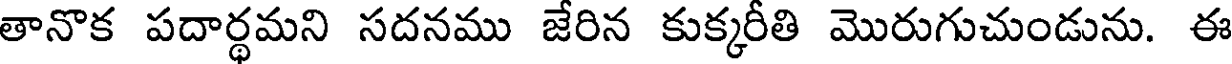
తానొక పదార్థమని సదనము జేరిన కుక్కరీతి మొరుగుచుండును. ఈ